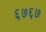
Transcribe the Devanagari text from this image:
६७६७